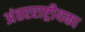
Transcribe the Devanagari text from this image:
अंतरराष्ट्रीयका